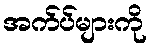
အက်ပ်များကို